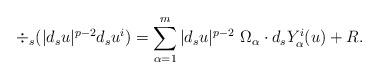
LaTeX: \begin{align*} \div_s (|d_s u|^{p-2} d_s u^i)= \sum_{\alpha=1}^m |d_s u|^{p-2}\ \Omega_\alpha \cdot d_s Y_\alpha^i(u) + R.\end{align*}